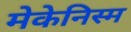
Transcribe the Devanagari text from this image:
मेकेनिस्म